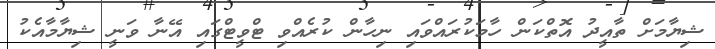
ޝިޔާމަށް ތާއީދު އޮތްކަން ހާމަކުރައްވައި ނިހާން ކުރެއްވި ޓްވީޓްގައި އޭނާ ވަނީ ޝިޔާމާއެކު